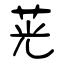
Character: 茪